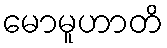
မောမူဟာတိ